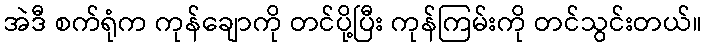
အဲဒီ စက်ရုံက ကုန်ချောကို တင်ပို့ပြီး ကုန်ကြမ်းကို တင်သွင်းတယ်။